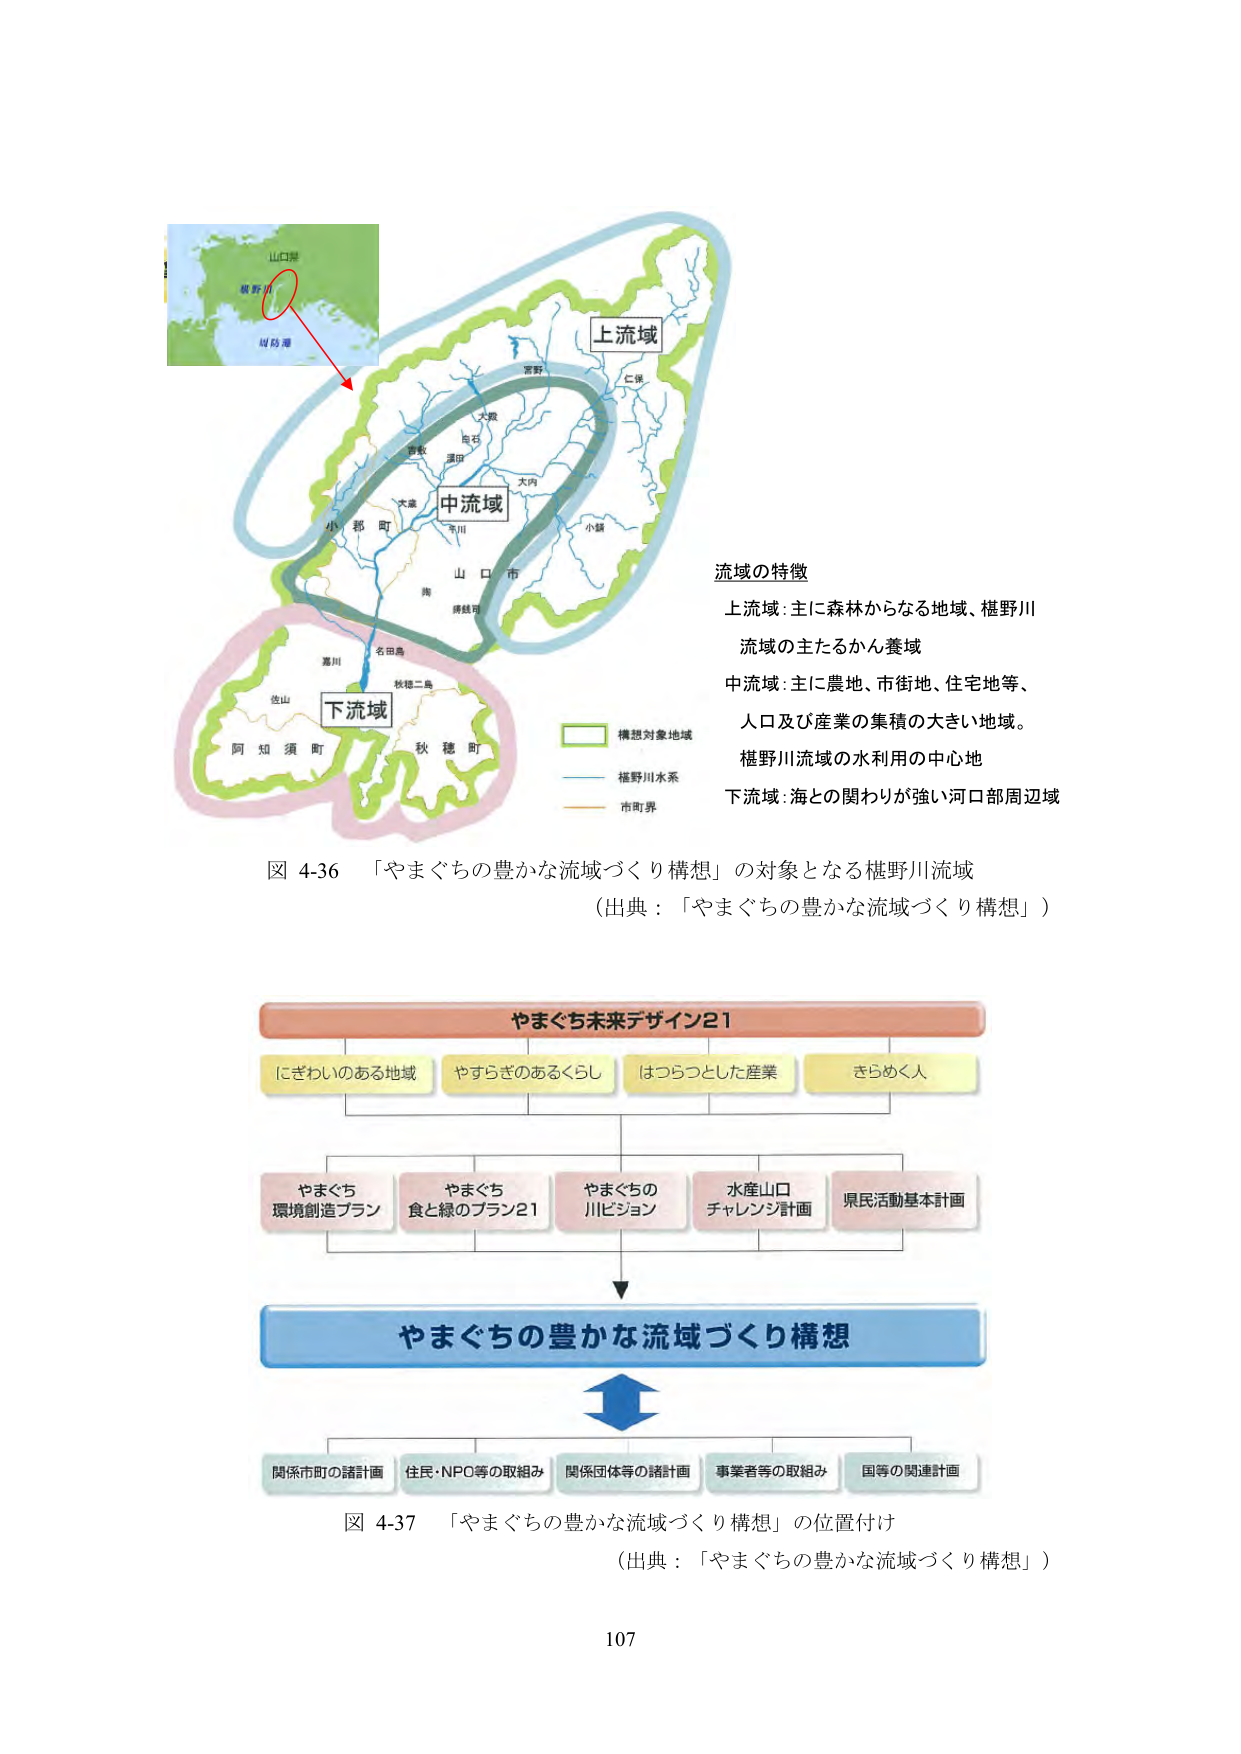
山口県
萩野川
周防灘

上流域
中流域
下流域

小郡町
山口市
大内
大東
吉敷
西石
深田
大嶺
下川
小野
名田島
秋穂二島
嘉川
佐山
阿知須町
秋穂町

構想対象地域
樋野川水系
市町界

流域の特徴
上流域：主に森林からなる地域、樋野川流域の主たるかん養域
中流域：主に農地、市街地、住宅地等、人口及び産業の集積の大きい地域。樋野川流域の水利用の中心地
下流域：海との関わりが強い河口部周辺域

図 4-36 「やまぐちの豊かな流域づくり構想」の対象となる樋野川流域
（出典：「やまぐちの豊かな流域づくり構想」）

やまぐち未来デザイン21
にぎわいのある地域
やすらぎのあるくらし
はつらつとした産業
きらめく人

やまぐち環境創造プラン
やまぐち食と緑のプラン21
やまぐちの川ビジョン
水産山口チャレンジ計画
県民活動基本計画

やまぐちの豊かな流域づくり構想

関係市町の諸計画
住民・NPO等の取組み
関係団体等の諸計画
事業者等の取組み
国等の関連計画

図 4-37 「やまぐちの豊かな流域づくり構想」の位置付け
（出典：「やまぐちの豊かな流域づくり構想」）

107